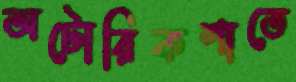
অটোরিকশাতে